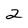
Character: 2